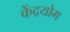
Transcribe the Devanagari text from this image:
केंद्रयोग